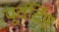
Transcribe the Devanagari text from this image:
पूर्वर्दिष्ट